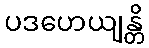
ပဒဟေယျန္တိ